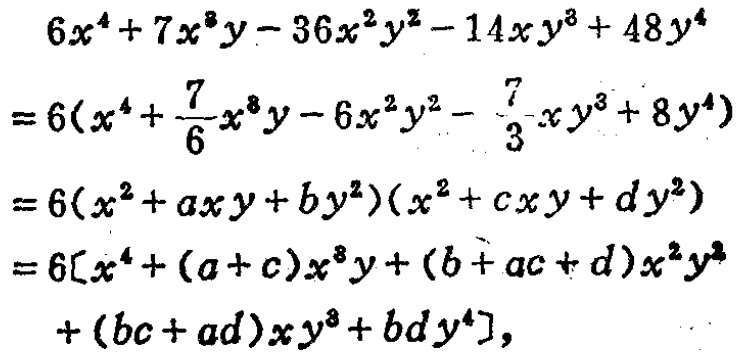
\[
\begin{align*}
&6x^{4}+7x^{3}y - 36x^{2}y^{2}-14xy^{3}+48y^{4}\\
=&6\left(x^{4}+\frac{7}{6}x^{3}y - 6x^{2}y^{2}-\frac{7}{3}xy^{3}+8y^{4}\right)\\
=&6\left(x^{2}+axy + by^{2}\right)\left(x^{2}+cxy+dy^{2}\right)\\
=&6\left[x^{4}+(a + c)x^{3}y+(b + ac + d)x^{2}y^{2}\right.\\
&\left.+(bc + ad)xy^{3}+bdy^{4}\right],
\end{align*}
\]